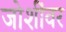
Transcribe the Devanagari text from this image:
जोशींवर